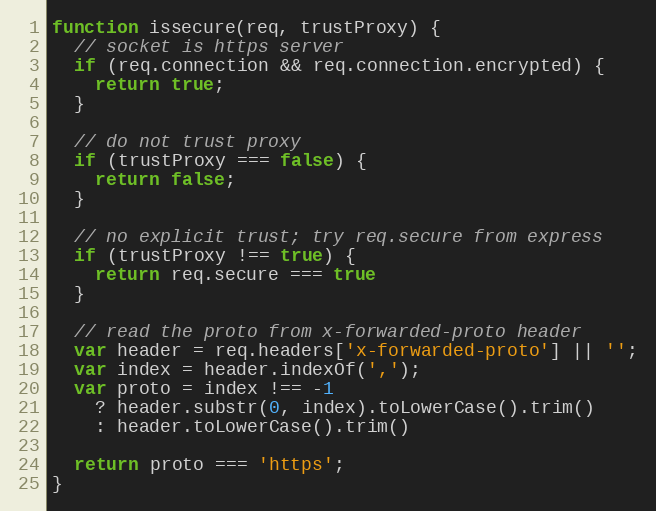
Language: JavaScript
function issecure(req, trustProxy) {
  // socket is https server
  if (req.connection && req.connection.encrypted) {
    return true;
  }

  // do not trust proxy
  if (trustProxy === false) {
    return false;
  }

  // no explicit trust; try req.secure from express
  if (trustProxy !== true) {
    return req.secure === true
  }

  // read the proto from x-forwarded-proto header
  var header = req.headers['x-forwarded-proto'] || '';
  var index = header.indexOf(',');
  var proto = index !== -1
    ? header.substr(0, index).toLowerCase().trim()
    : header.toLowerCase().trim()

  return proto === 'https';
}